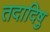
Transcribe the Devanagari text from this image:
तदादिषु